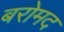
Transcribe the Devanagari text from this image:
बरोमद